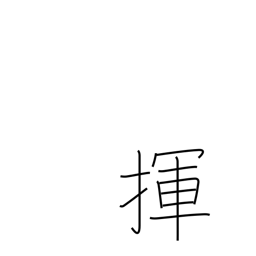
Meaning: wag